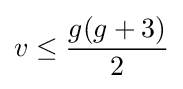
v\leq {\frac {g(g+3)}{2}}